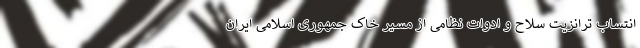
انتساب ترانزیت سلاح و ادوات نظامی از مسیر خاک جمهوری اسلامی ایران